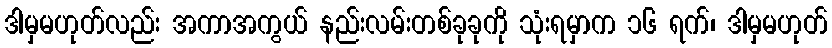
ဒါမှမဟုတ်လည်း အကာအကွယ် နည်းလမ်းတစ်ခုခုကို သုံးရမှာက ၁၆ ရက်၊ ဒါမှမဟုတ်